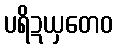
ပရိဍယှတေဝ